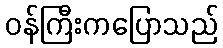
ဝန်ကြီးကပြောသည်